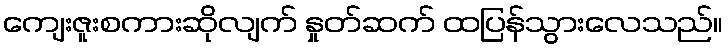
ကျေးဇူးစကားဆိုလျက် နှုတ်ဆက် ထပြန်သွားလေသည်။